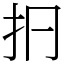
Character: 㧇